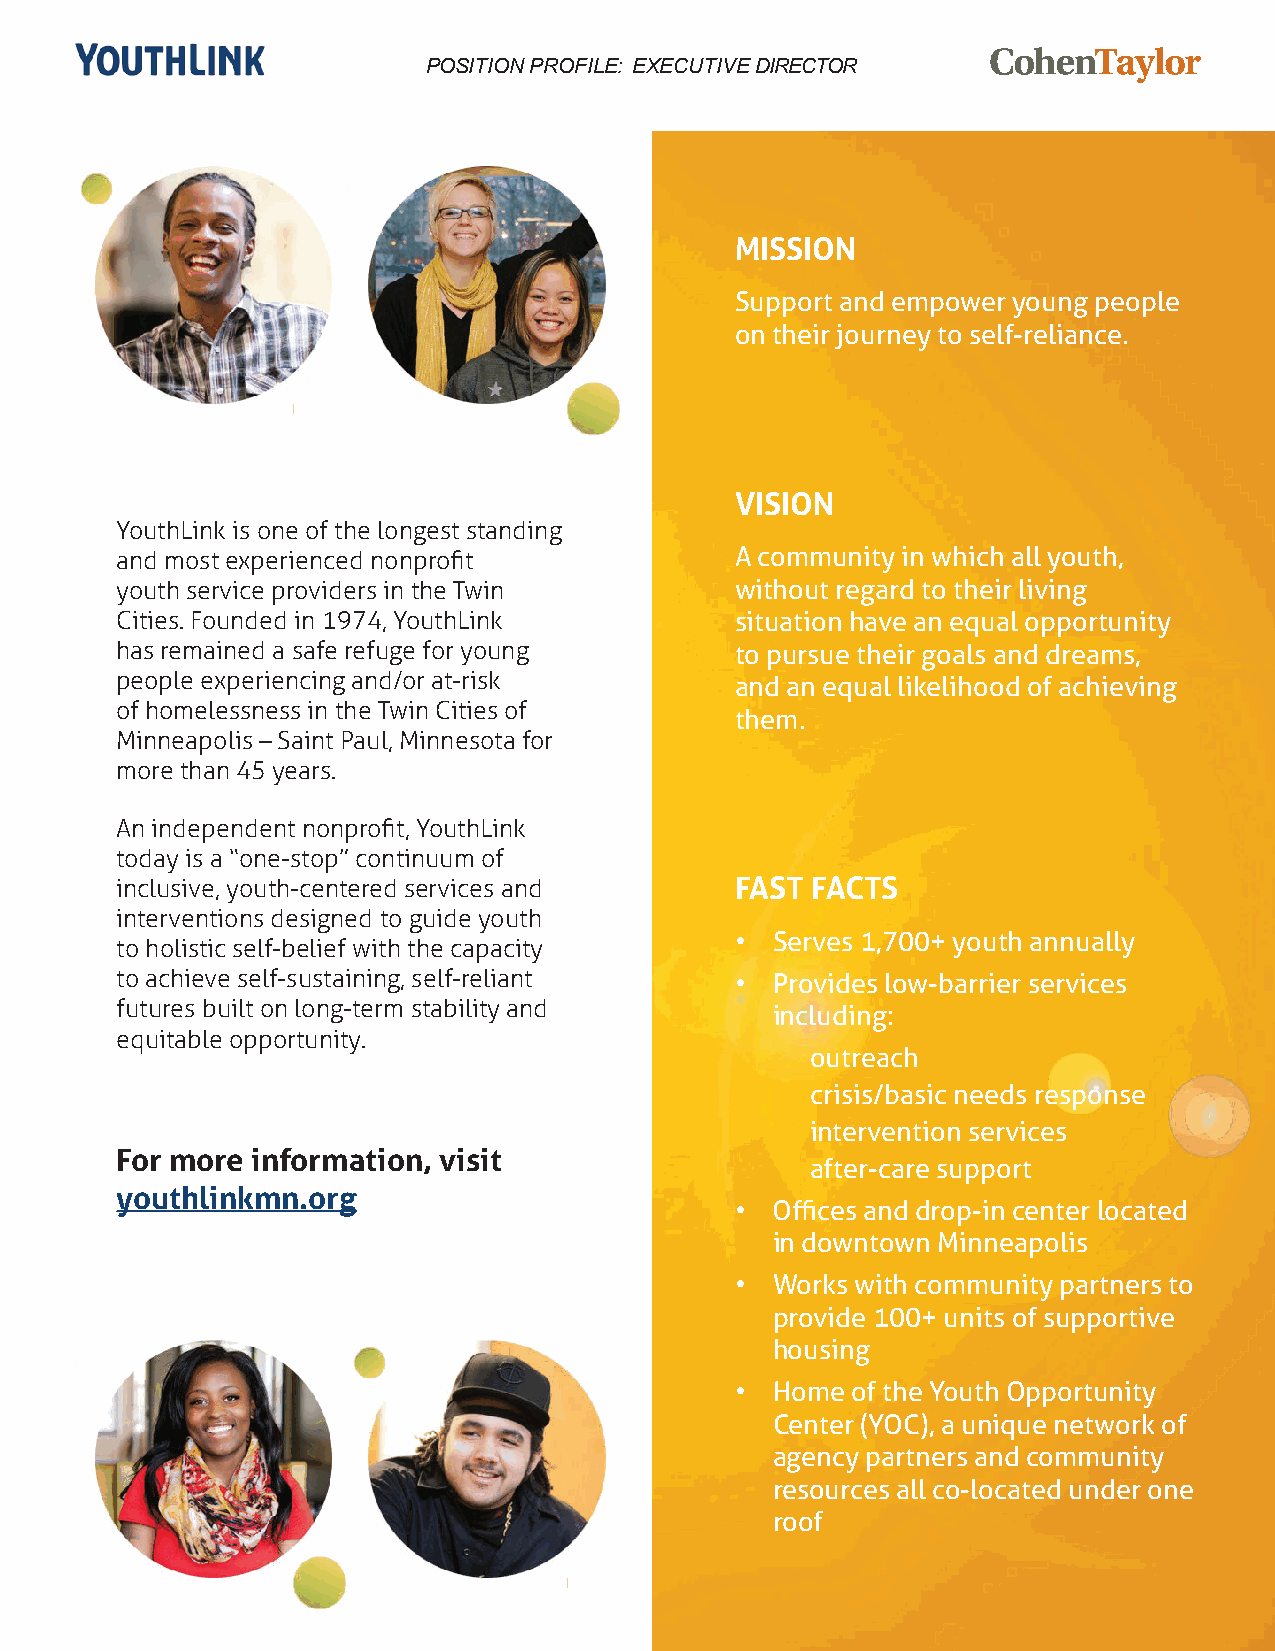
POSITION PROFILE: EXECUTIVE DIRECTOR
 MISSION
 Support and empower young people
 on their journey to self-reliance.
 VISION
 YouthLink is one of the longest standing
 and most experienced nonprofit           A community in which all youth,
 youth service providers in the Twin      without regard to their living
 Cities. Founded in 1974, YouthLink       situation have an equal opportunity
 has remained a safe refuge for young     to pursue their goals and dreams,
 people experiencing and/or at-risk       and an equal likelihood of achieving
 of homelessness in the Twin Cities of
 them.
 Minneapolis – Saint Paul, Minnesota for
 more than 45 years.
 An independent nonprofit, YouthLink
 today is a “one-stop” continuum of
 inclusive, youth-centered services and   FAST FACTS
 interventions designed to guide youth
 • Serves 1,700+ youth annually
 to holistic self-belief with the capacity
 to achieve self-sustaining, self-reliant • Provides low-barrier services
 futures built on long-term stability and   including:
 equitable opportunity.
 outreach
 crisis/basic needs response
 intervention services
 For more information, visit
 after-care support
 youthlinkmn.org
 • Offices and drop-in center located
 in downtown Minneapolis
 • Works with community partners to
 provide 100+ units of supportive
 housing
 • Home of the Youth Opportunity
 Center (YOC), a unique network of
 agency partners and community
 resources all co-located under one
 roof